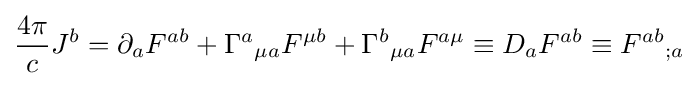
{4\pi  \over c}J^{b}=\partial _{a}F^{ab}+{\Gamma ^{a}}_{\mu a}F^{\mu b}+{\Gamma ^{b}}_{\mu a}F^{a\mu }\equiv D_{a}F^{ab}\equiv {F^{ab}}_{;a}\,\!